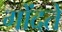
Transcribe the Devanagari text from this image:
गोंदते